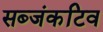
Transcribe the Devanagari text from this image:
सब्जंकटिव